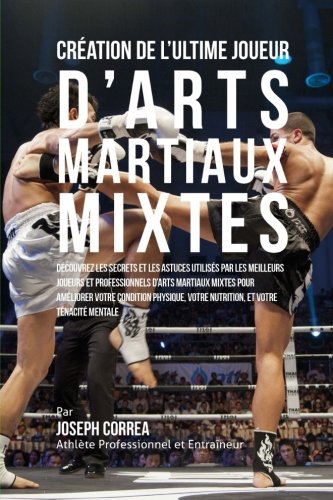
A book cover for Creation de l'Ultime Joueur d'Arts Martiaux Mixtes: Decouvrez les secrets et les astuces utilises par les meilleurs Joueurs et Professionnels d?Arts ... et votre Tenacite Mentale (French Edition); Joseph Correa (Athlete Professionnel et Entraineur); Sports & Outdoors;